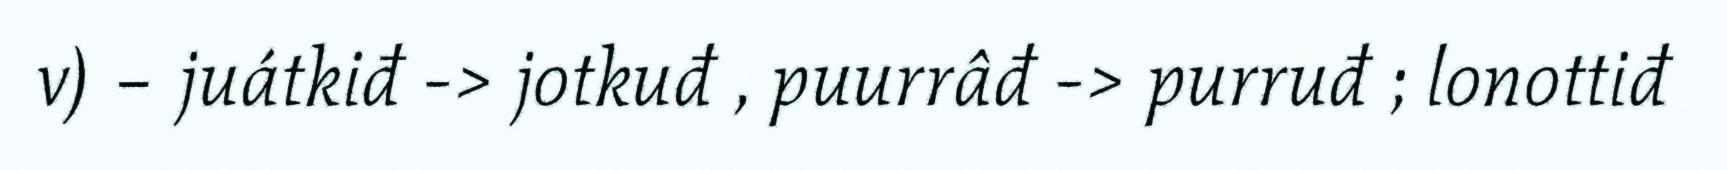
v) – juátkiđ -> jotkuđ , puurrâđ -> purruđ ; lonottiđ